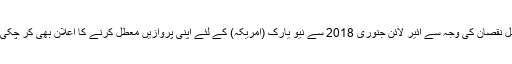
مسلسل نقصان کی وجہ سے ائیر لائن جنوری 2018 سے نیو یارک (امریکہ) کے لئے اپنی پروازیں معطل کرنے کا اعلان بھی کر چکی ہے۔